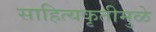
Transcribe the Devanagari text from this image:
साहित्यकृतीमुळे